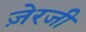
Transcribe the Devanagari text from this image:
ज़ेरजी